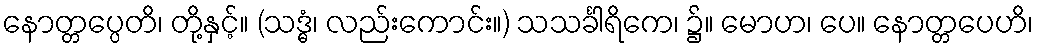
နောတ္တပ္ပေတိ၊ တို့နှင့်။ (သဒ္ဓံ၊ လည်းကောင်း။) သသင်္ခါရိကေ၊ ၌။ မောဟ၊ ပေ။ နောတ္တပေဟိ၊